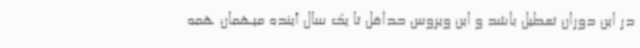
در این دوران تعطیل باشد و این ویروس حداقل تا یک سال آینده میهمان همه